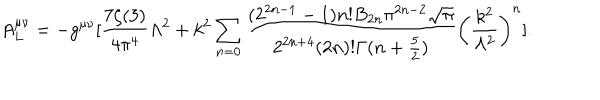
LaTeX: A _ { L } ^ { \mu \nu } = - g ^ { \mu \nu } [ { \frac { 7 \zeta ( 3 ) } { 4 \pi ^ { 4 } } } \Lambda ^ { 2 } + k ^ { 2 } \sum _ { n = 0 } { \frac { ( 2 ^ { 2 n - 1 } - 1 ) n ! B _ { 2 n } \pi ^ { 2 n - 2 } { \sqrt \pi } } { 2 ^ { 2 n + 4 } ( 2 n ) ! \Gamma ( n + \frac { 5 } { 2 } ) } } \left( { \frac { k ^ { 2 } } { \Lambda ^ { 2 } } } \right) ^ { n } ] .